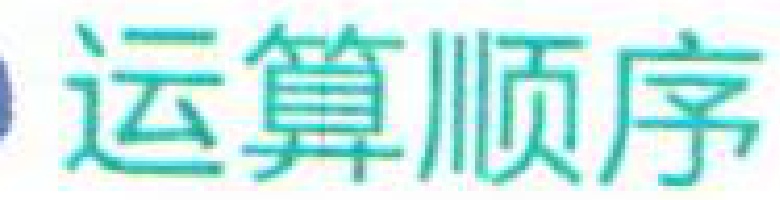
运算顺序